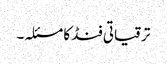
ترقیاتی فنڈ کا مسئلہ۔